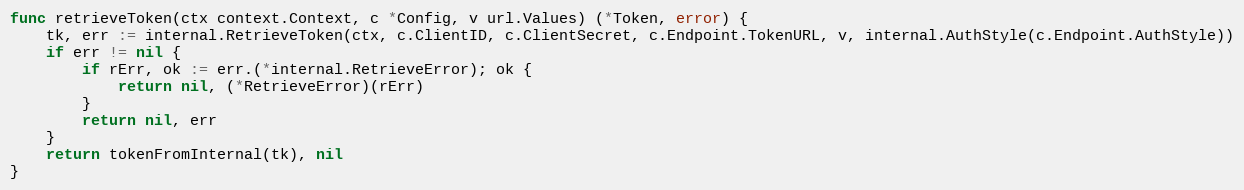
Language: Go
func retrieveToken(ctx context.Context, c *Config, v url.Values) (*Token, error) {
	tk, err := internal.RetrieveToken(ctx, c.ClientID, c.ClientSecret, c.Endpoint.TokenURL, v, internal.AuthStyle(c.Endpoint.AuthStyle))
	if err != nil {
		if rErr, ok := err.(*internal.RetrieveError); ok {
			return nil, (*RetrieveError)(rErr)
		}
		return nil, err
	}
	return tokenFromInternal(tk), nil
}